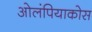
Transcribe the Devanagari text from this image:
ओलंपियाकोस